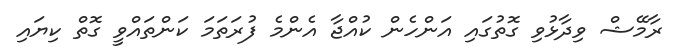
ރާމޭޝް ވިދާޅުވި ގޮތުގައި އަންހެން ކުއްޖާ އެންމެ ފުރަތަމަ ކަންތައްވީ ގޮތް ކިޔައި